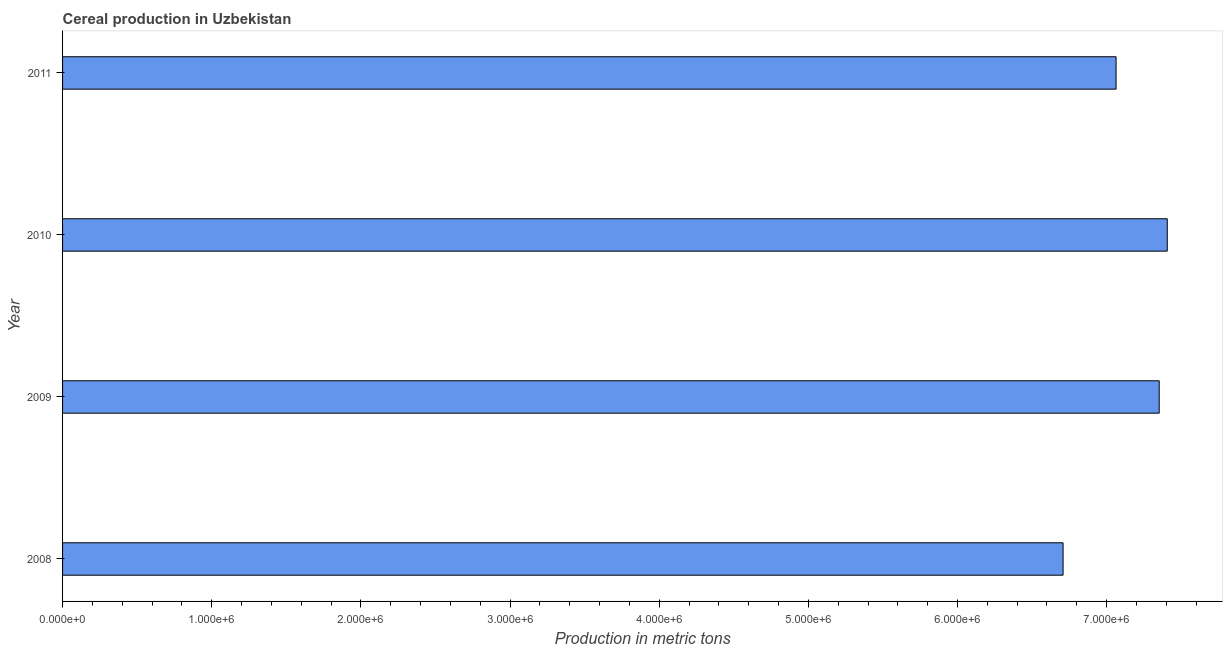
| Year | Cereal production |
 | --- | --- |
 | 2008 | 6.71e+06 |
 | 2009 | 7.35e+06 |
 | 2010 | 7.41e+06 |
 | 2011 | 7.06e+06 |